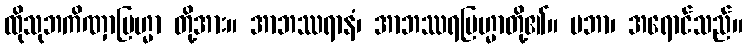
ထိုသုဘကိဏှာဗြဟ္မာ တို့အား။ အာဘဿရာနံ၊ အာဘဿရဗြဟ္မာတို့၏။ ပဘာ၊ အရောင်သည်။